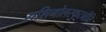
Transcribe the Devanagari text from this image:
राशिगोलस्फुटनीति